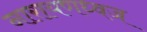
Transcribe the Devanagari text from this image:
नारायणध्वज